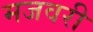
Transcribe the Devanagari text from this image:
मजवरी